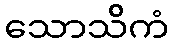
သောသိကံ